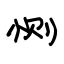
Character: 恻